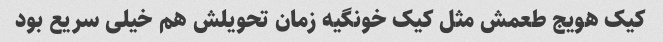
کیک هویج طعمش مثل کیک خونگیه زمان تحویلش هم خیلی سریع بود